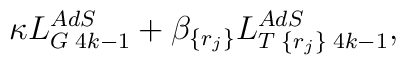
\kappa L_{G\;4k-1}^{AdS}+\beta _{\{r_{j}\}}L_{T\;\{r_{j}\}\;4k-1}^{AdS},